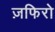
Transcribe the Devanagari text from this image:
ज़फिरो